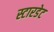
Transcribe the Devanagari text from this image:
स्टारडेट